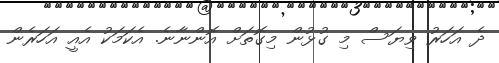
ދެ އަހަރު ވިޔަސް މި ގުޅުން މިގޮތަށް އޮންނާނެ. އެކަމަކު އެއީ އަހަރެން